Sanitation, dispensaries and jails vaccination Rajputana 1922-1927 - 1922-1927
Year: 1922
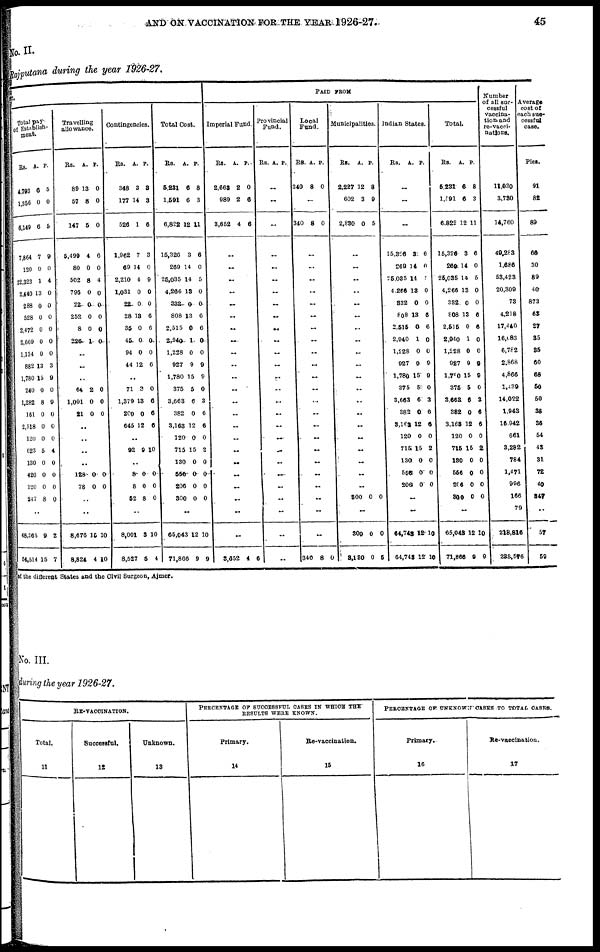
AND ON VACCINATION FOR THE YEAR 1926-27.
45
No. II.
Rajputana during the year 1926-27.
ST.
Total pay
of Establish-
ment.
Rs.
4,793
1,356
6,149
7,864
120
22,323
2,440
288
528
2,472
2,669
1,134
882
1,780
240
1,282
161
2,518
120
623
130
420
120
247
A.
6
0
6
7
0
1
13
0
0
0
0
0
13
15
0
8
0
0
0
5
0
0
0
8
P.
5
0
5
9
0
4
0
0
0
0
0
0
3
9
0
9
0
0
0
4
0
0
0
0
..
48,365
54,514
9
15
2
7
Travelling
allowance.
Rs.
89
57
147
4,499
80
502
795
22
252
8
226
A.
13
8
5
4
0
8
0
0
0
0
1
P.
0
0
0
6
0
4
0
0
0
0
0
..
..
..
64
1,001
21
2
0
0
0
0
0
..
..
..
..
128
78
0
0
0
0
..
..
8,676
8,824
16
4
10
10
Contingencies.
Rs.
348
177
526
1,962
69
2,210
1,031
22
28
35
45
94
44
A.
3
14
1
7
14
4
0
0
13
0
0
0
12
P.
3
3
6
3
0
9
0
0
6
6
0
0
6
..
71
1,379
200
646
3
18
0
12
0
6
6
6
..
92 9 10
..
8
8
62
0
0
8
0
0
0
..
8,001
8,527
3
5
10
4
Total Cost.
RS.
5,231
1,591
6,822
15,326
269
25,035
4,266
332
808
2,515
2,940
1,228
927
1,780
375
3,663
382
3,163
120
715
130
556
206
300
A.
6
6
12
3
14
14
13
0
13
0
1
0
9
15
5
6
0
12
0
15
0
0
0
0
P.
8
3
11
6
0
5
0
0
6
6
0
0
9
9
0
3
6
6
0
2
0
0
0
0
..
65,043
71,866
12
9
10
9
PAID FROM
Imperial Fund.
Rs.
2,663
989
3,652
A.
2
2
4
P.
0
6
6
..
..
..
..
..
..
..
..
..
..
..
..
..
..
..
..
..
..
..
..
..
..
..
3,652
4
6
Provincial
Fund.
Rs. A. P.
..
..
..
..
..
..
..
..
..
..
..
..
..
..
..
..
..
..
..
..
..
..
..
..
..
..
..
Local
Fund.
Rs.
340
A.
8
P.
0
..
340 8 0
..
..
..
..
..
..
..
..
..
..
..
..
..
..
..
..
..
..
..
..
..
..
..
340 8
0
Municipalities.
Rs.
2,227
602
2,830
A.
12
3
0
P.
8
9
5
..
..
..
..
..
..
..
..
..
..
..
..
..
..
..
..
..
..
..
..
300 0 0
..
300
8,180
0
0
0
5
Indian States.
Rs.
A. P.
..
..
..
15,326
269
25,035
4,266
332
808
2,515
2,940
1,228
927
1,780
375
3,663
382
3,163
120
715
130
556
206
3
14
14
13
0
13
0
1
0
9
15
5
6
0
12
0
15
0
0
0
6
0
5
0
0
6
6
0
0
9
9
0
3
6
0
0
2
0
0
0
..
..
64,743
64,743
12
12
10
10
Total.
Rs.
5,231
1,591
6,822
15,326
269
25,035
4,266
332
808
2,515
2,940
1,228
927
l,700
375
3,663
382
3,163
120
715
130
556
206
300
A.
6
6
12
3
14
14
13
0
13
0
1
0
9
15
5
0
0
12
0
15
0
0
0
0
P.
8
3
11
6
0
5
0
0
6
6
0
0
0
9
0
3
6
6
0
2
0
0
0
0
..
65,048
71,866
12
9
10
9
Number
of all suc-
cessful
vaccina-
tion, and
re-vacci-
nations.
11,030
3,730
14,760
49,283
1,686
53,423
20,309
73
4,218
17,440
16,083
6,782
2,868
4,866
1,439
14,022
1,943
16,942
661
3,282
784
1,471
996
156
79
218,816
233, 576
Average
cost of
each suc-
cessful
case.
Pies.
91
82
89
66
30
89
40
873
63
27
35
35
60
68
50
50
38
36
54
43
31
72
40
847
..
57
59
of the different States and the Civil Surgeon, Ajmer.
No. III.
during the year 1926-27.
RE-VACCINATION.
Total.
11
Successful.
12
Unknown.
13
PERCENTAGE OF SUCCESSFUL
CASES IN WHICH THE
RESULTS WERE KNOWN.
Primary.
14
Re-vaccination.
15
PERCENTAGE OF UNKNOWN CASES TO TOTAL CASES.
Primary.
16
Re-vaccination.
17